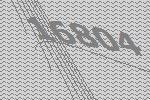
16804